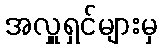
အလှူရှင်များမှ